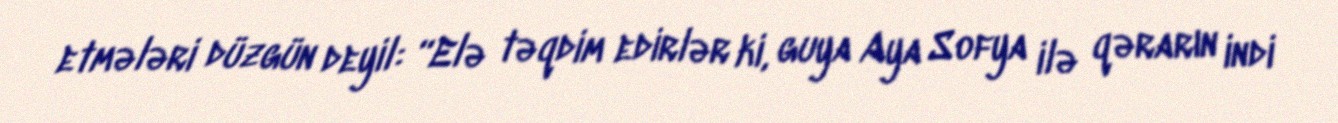
etmələri düzgün deyil: “Elə təqdim edirlər ki, guya Aya Sofya ilə qərarın indi